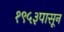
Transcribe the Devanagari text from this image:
१९५३पासून